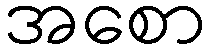
အစော